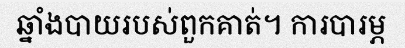
ឆ្នាំងបាយរបស់ពួកគាត់។ ការបារម្ភ